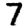
Digit: 7